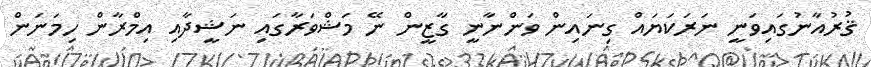
ޤުރުއާނުގައިވަނީ ނަރަކަޔައް ގިނައިން ވަންނާނީ ގާޒީން ނޭ މަޝްވަރާގައި ނަޝީދާއި އިމްރާން ހިމަނަން